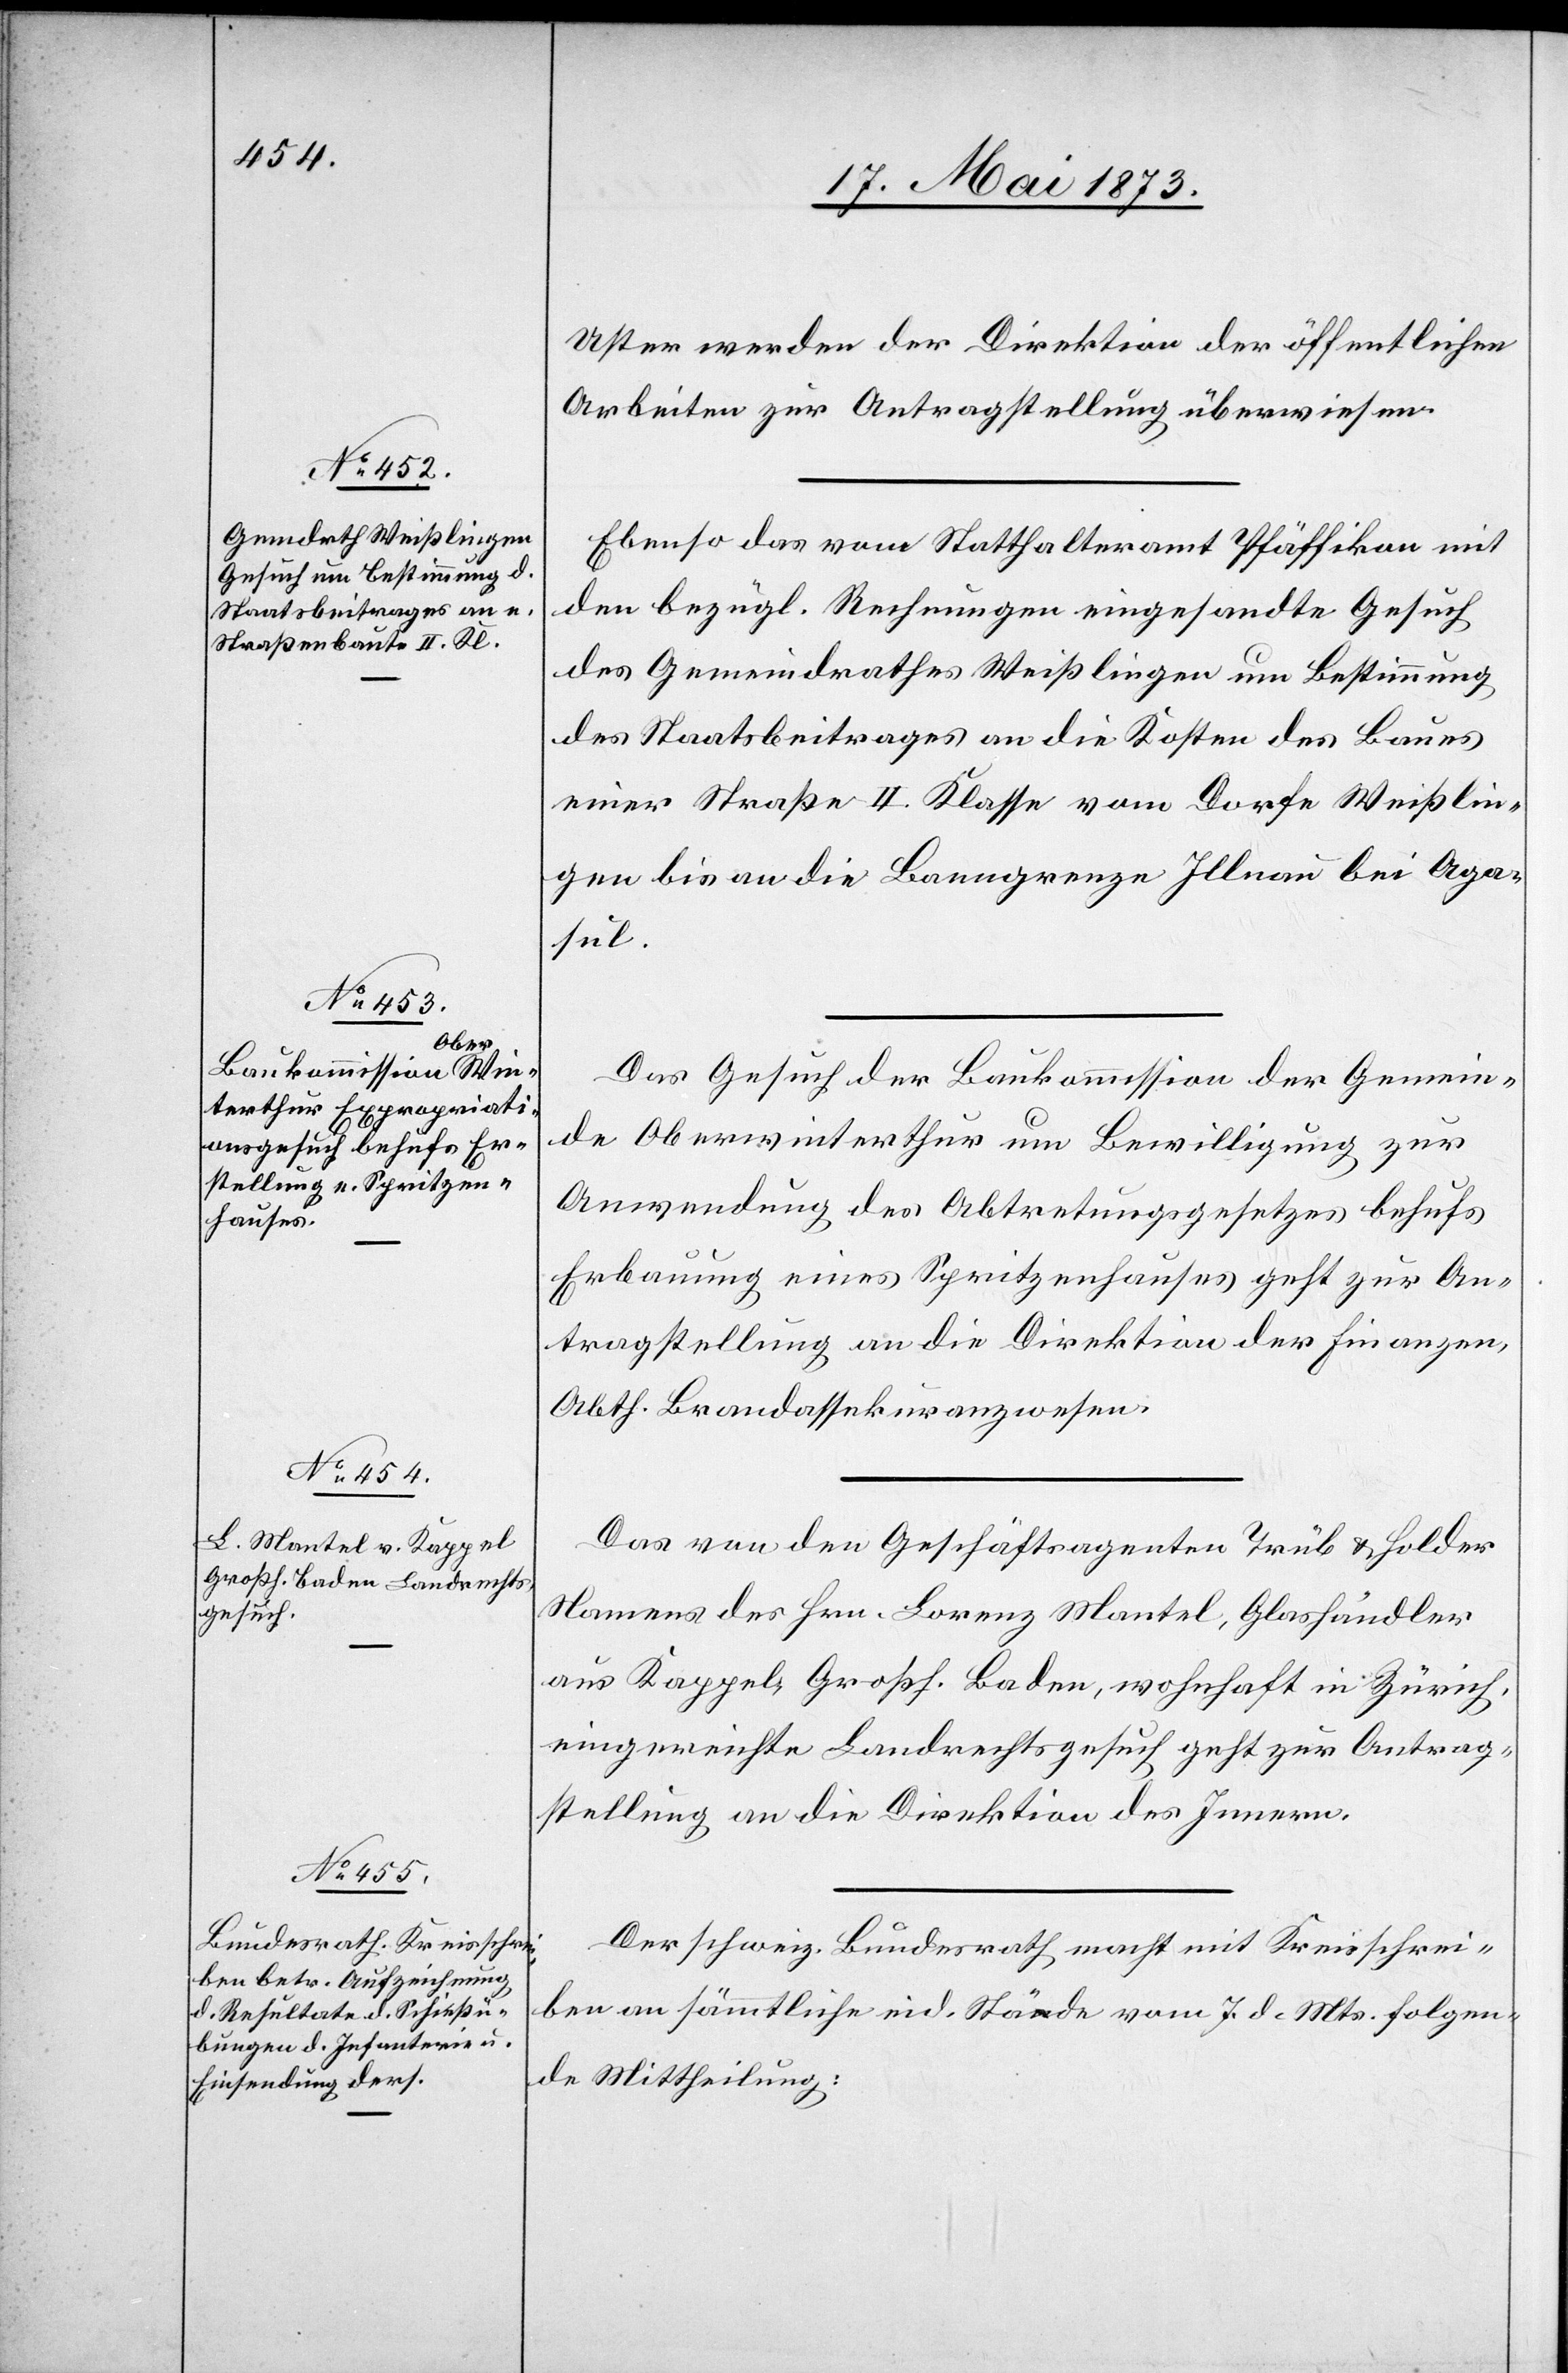
21. Mai 1873]
Uster werden der Direktion der öffentlichen
Arbeiten zur Antragstellung überwiesen.
Ebenso das vom Statthalteramt Pfäffikon mit
den bezügl. Rechnungen eingesandte Gesuch
des Gemeindrathes Weißlingen um Bestimmung
des Staatsbeitrages an die Kosten des Baues
einer Straße II. Klasse vom Dorfe Weißlin¬
gen bis an die Banngrenze Illnau bei Aga¬
sul.
Das Gesuch der Baukommission der Gemein¬
de Oberwinterthur um Bewilligung zur
Anwendung des Abtretungsgesetzes behufs
Erbauung eines Spritzenhauses geht zur An¬
tragstellung an die Direktion der Finanzen,
Abth. Brandassekuranzwesen.
Das von den Geschäftsagenten Trüb & Holder
Namens des Hrn. Lorenz Mantel, Glashändler
aus Kappel, Großh. Baden, wohnhaft in Zürich,
eingereichte Landrechtsgesuch geht zur Antrag¬
stellung an die Direktion des Innern.
Der schweiz. Bundesrath macht mit Kreisschrei¬
ben an sämmtliche eid. Stände vom 7. d. Mts. folgen¬
de Mittheilung: